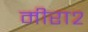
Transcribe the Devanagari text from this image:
मीरा२